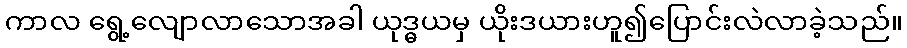
ကာလ ရွေ့လျောလာသောအခါ ယုဒ္ဓယမှ ယိုးဒယားဟူ၍ပြောင်းလဲလာခဲ့သည်။